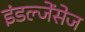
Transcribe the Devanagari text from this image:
इंडल्जेंसेज